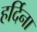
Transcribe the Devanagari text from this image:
हर्दिना